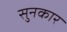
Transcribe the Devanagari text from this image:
सुनकार